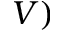
V )